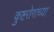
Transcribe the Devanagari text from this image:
कुष्टरोगाच्या